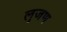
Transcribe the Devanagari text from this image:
लुजण